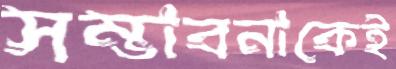
সম্ভাবনাকেই